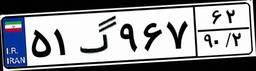
۲۹گ۳۳۶۵۲